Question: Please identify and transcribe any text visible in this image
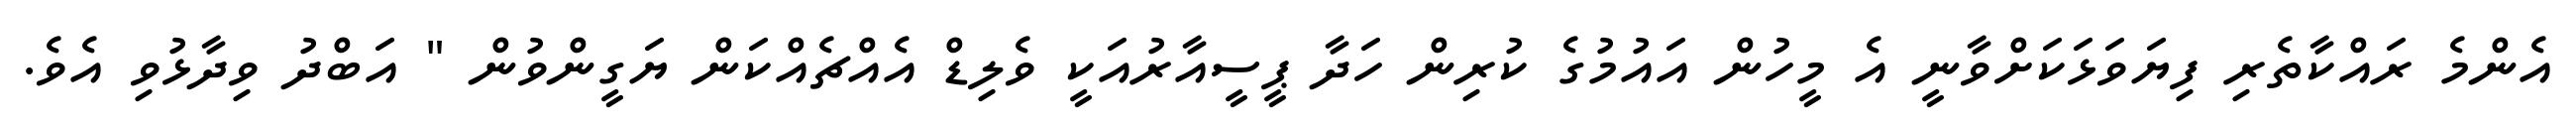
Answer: އެންމެ ރައްކާތެރި ފިޔަވަޅަކަށްވާނީ އެ މީހުން އައުމުގެ ކުރިން ހަދާ ޕީސީއާރުއަކީ ވެލިޑް އެއްޗެއްކަން ޔަގީންވުން " އަބްދު ވިދާޅުވި އެވެ.